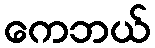
ကေဘယ်